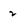
Character: 2